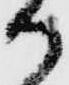
か